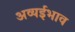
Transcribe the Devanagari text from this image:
अव्यईभाव